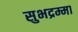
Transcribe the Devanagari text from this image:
सुभद्रम्मा